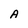
Character: A